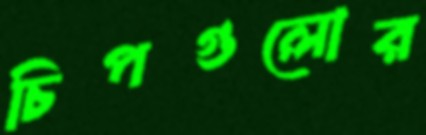
চিপগুলোর